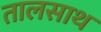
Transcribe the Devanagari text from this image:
तालसाथ